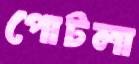
পোটলা